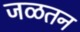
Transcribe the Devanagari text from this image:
जळतन